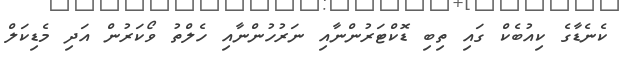
ކެނެޑާގެ ކިއުބެކް ގައި ތިބި ޑޮކްޓަރުންނާއި ނަރުހުންނާއި ހެލްތު ވޯކަރުން އަދި މެޑިކަލް